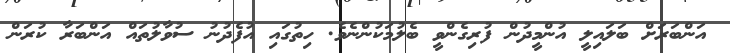
އަންބަރަށް ބަލައިލީ އުންމީދުން ފުރިގެންވީ ބެލުމަކުންނެވެ. ހިތުގައި އުފެދުނު ސުވާލުތައް އަންބަރާ ކުރަން